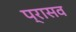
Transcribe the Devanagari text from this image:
प्रासव